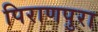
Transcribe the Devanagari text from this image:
पिराणपुरा